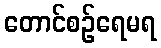
တောင်စဉ်ရေမရ